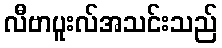
လီဗာပူးလ်အသင်းသည်